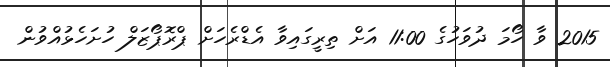
2015 ވާ ހޯމަ ދުވަހުގެ 11:00 އަށް ތިރީގައިވާ އެޑްރެހަށް ޕްރޮޕޯޒަލް ހުށަހެޅުއްވުން